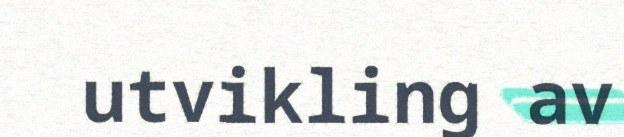
utvikling av